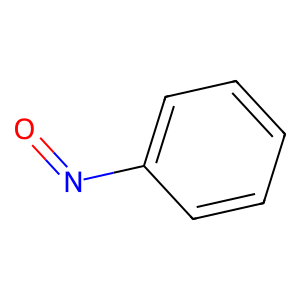
SMILES: O=Nc1ccccc1
Inhibits HIV replication: No